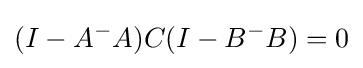
(I-A^{-}A)C(I-B^{-}B)=0